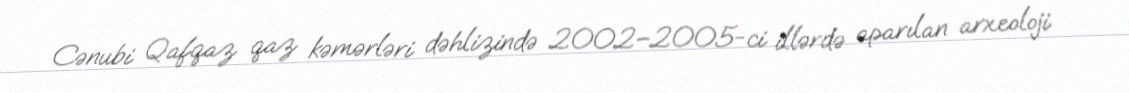
Cənubi Qafqaz qaz kəmərləri dəhlizində 2002–2005-ci illərdə aparılan arxeoloji